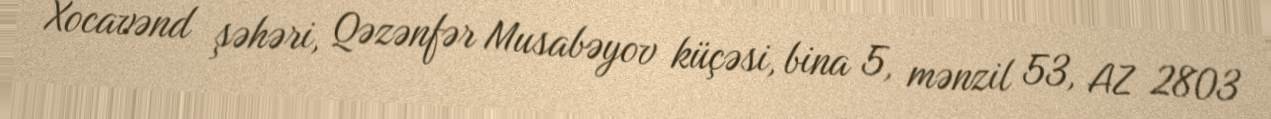
Xocavənd şəhəri, Qəzənfər Musabəyov küçəsi, bina 5, mənzil 53, AZ 2803